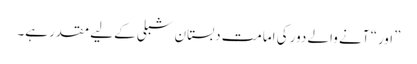
”اور“ آنے والے دور کی امامت دبستان شبلی کے لیے مقدر ہے۔